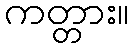
ကတ္တား။